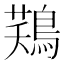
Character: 𪁾